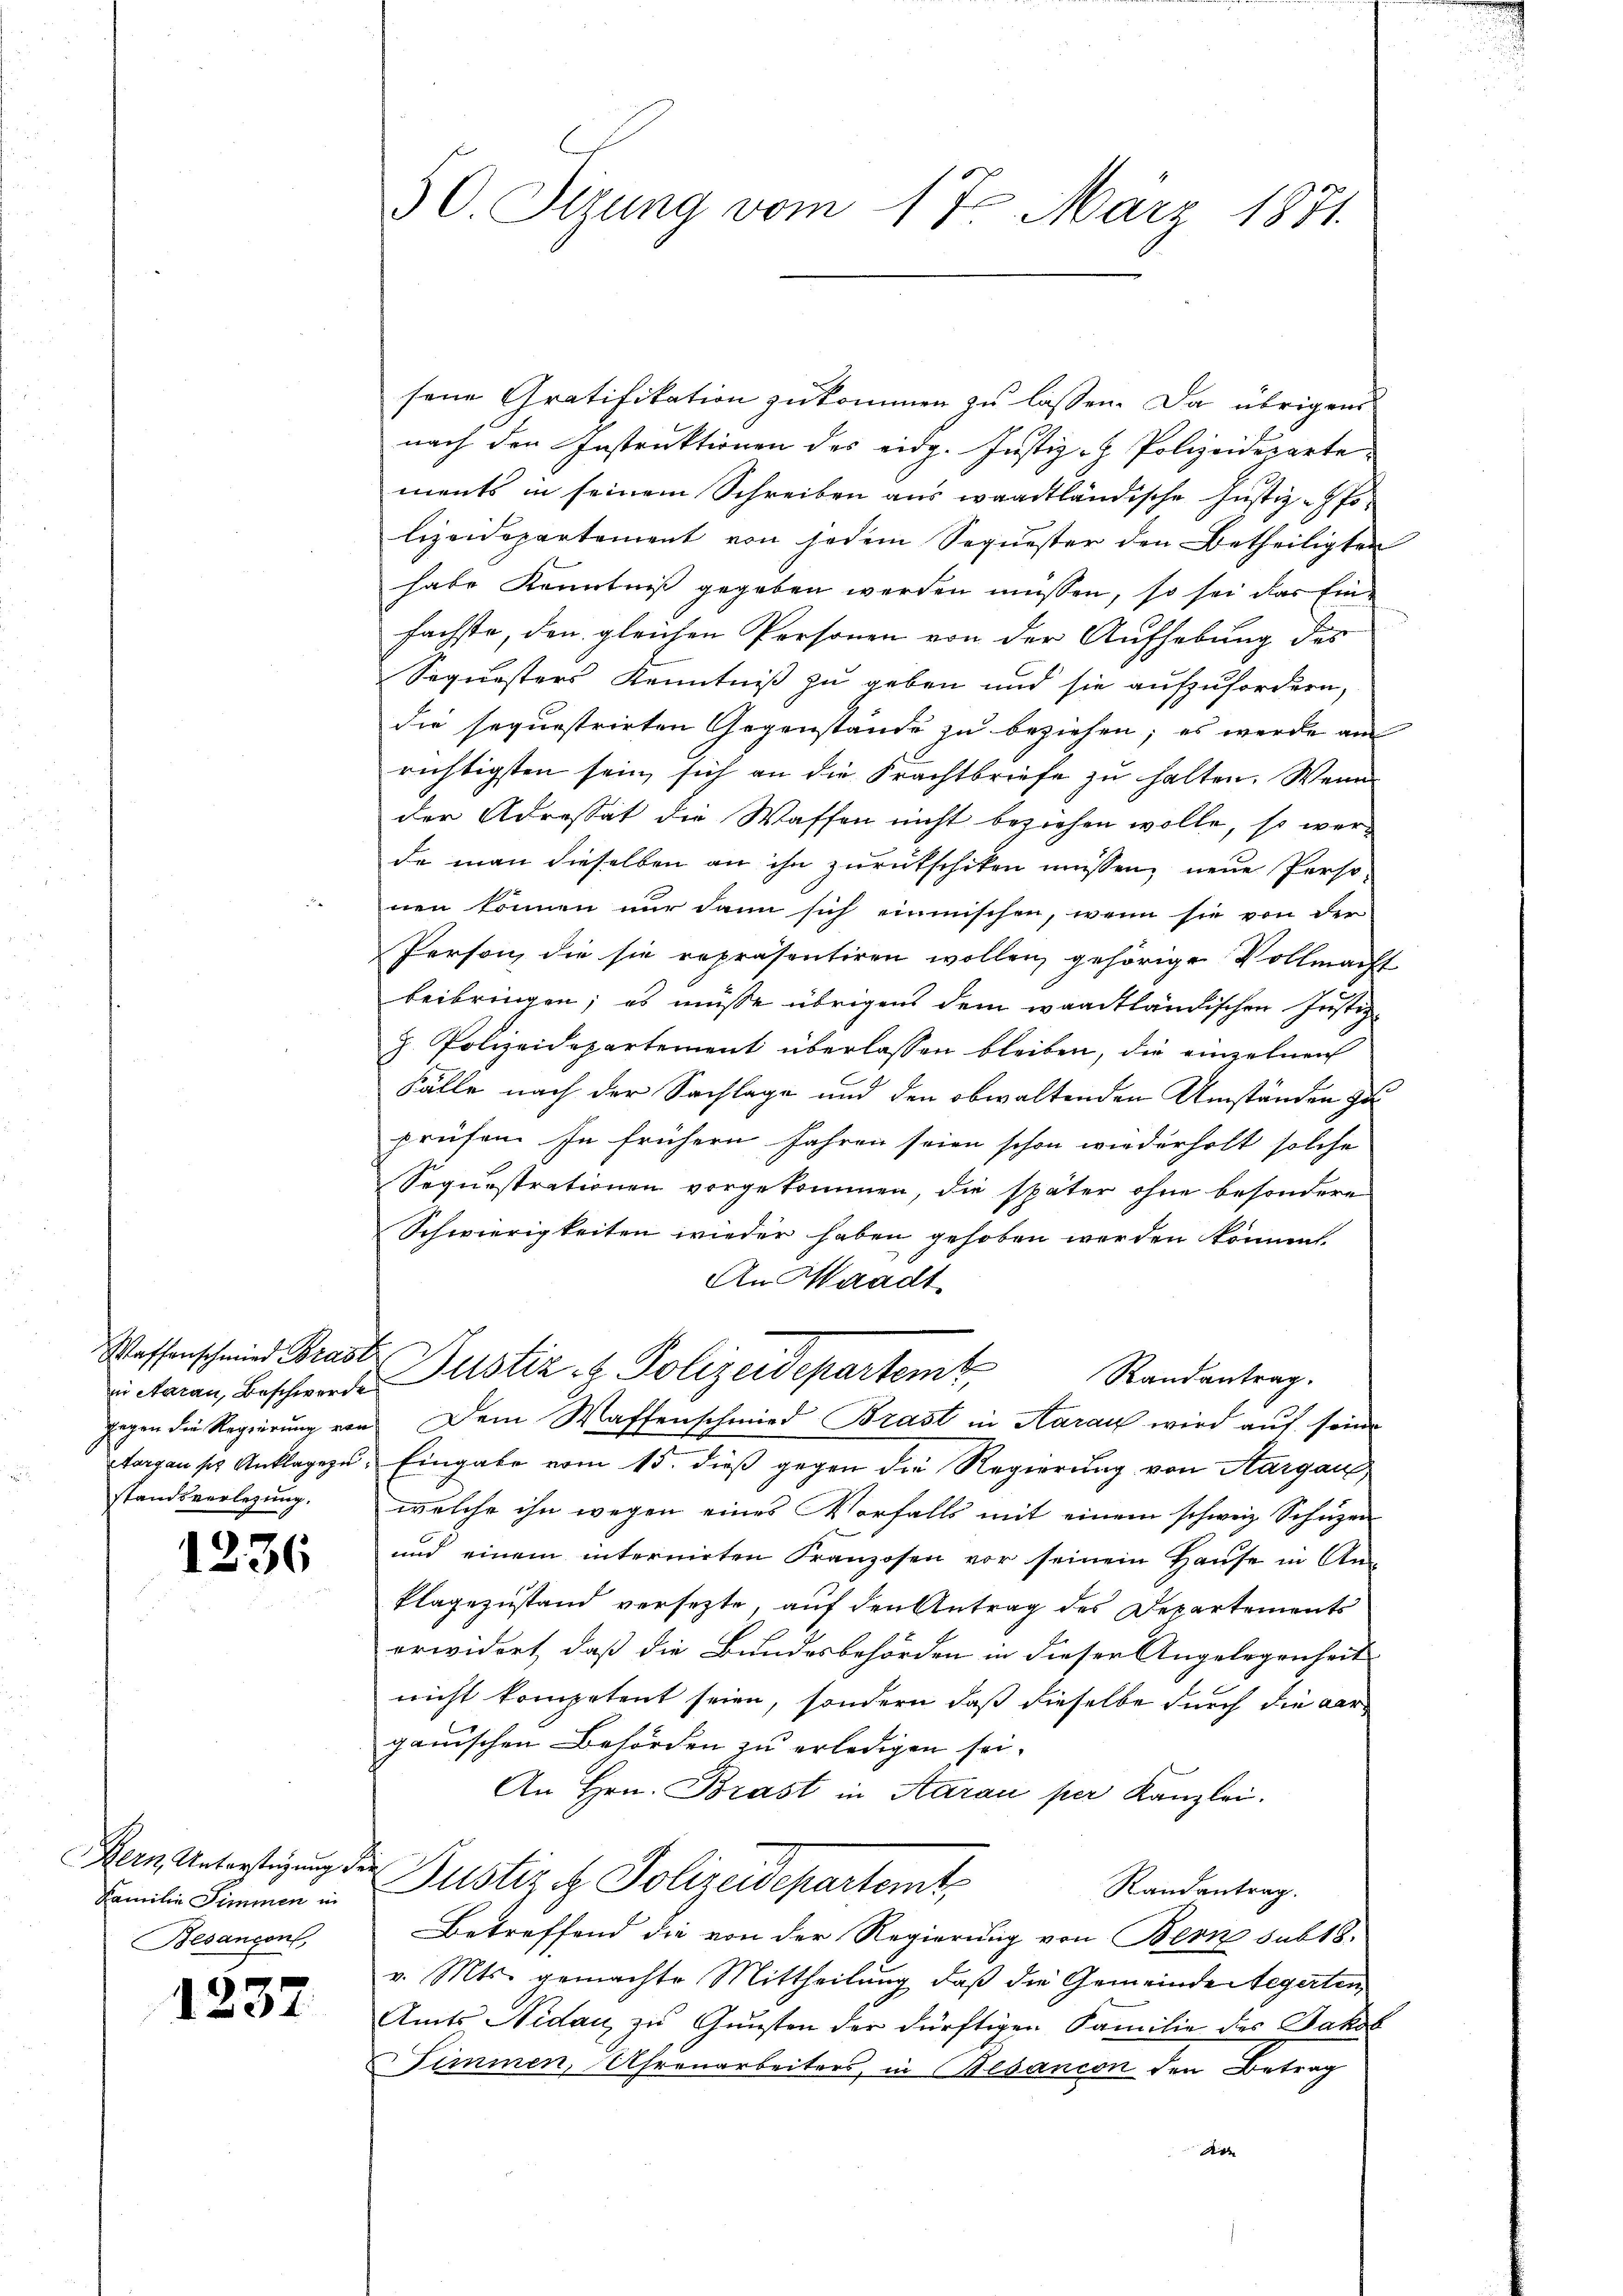
in Aarau, Beschwerde
standsverlegung.

1236

Familie Simmen in
Besançon,

1237

50. Sizung vom 17. März 1871.

sene Gratifikation zukommen zu lassen. Da übrigens
nach den Instruktionen des eidg. Justiz - Polizeideparte
ments in seinem Schreiben aus waadtländische Justiz-Pfolizeidepartement von jedem Sequester den Betheiligten
habe Kenntniß gegeben werden müssen, so sei das Ein-
fächste, den gleichen Personen von der Aufhebung des
Sequesters Kenntniß zu geben und sie aufzufordern,
die sequestrirten Gegenstände zu beziehen; es werde am
richtigsten sein, sich an die Frachtbriefe zu halten. Wenn
der Adressat die Waffen nicht beziehen wolle, so werde man dieselben an ihn zurückschiken müssen, neue Perso-
nen können nur dann sich einmischen, wenn sie von der
Person die sie repräsentiren wollen, gehörige Vollmacht
beibringen; es müsse übrigens dem waadtländischen Justiz
z. Polizeidepartement überlassen bleiben, die einzelnen
Fälle nach der Sachlage und den obwaltenden Umständen zu
prüfen se frühern Jahren seien schon wiederholt solche
Sequestrationen vorgekommen, die später ohne besondere
Schwierigkeiten wieder haben gehoben werden könnent.
An Waadt
Wassenschein Braut Zustiz- & Polizeidepartemt
Randantrag.
gegen die Regierung von Dem Waffenschmied Brast in Aarau wird auf seine
targau ses Anklagen. Eingabe vom 15. dieß gegen die Regierung von Aargau
welche ihn wegen eines Vorfalls mit einem schweiz. Schuzen
und einem internirten Franzosen vor seinem Hause in Anklagezustand versetzte, auf den Antrag des Departements
erwidert, daß die Bundesbehörden in dieser Angelegenheit
nicht kompetent seien, sondern daß dieselbe durch die verganischen Behörden zu erledigen sei.
An Hrn. Brast in Aarau per Kanzlei.
Bern Unterstigung der Justiz & Polizeidepartemt,
Randantrag.
Betreffend die von der Regierung von Bern sub 18.
v. Mts. gemachte Mittheilung, daß die Gemeinde Regerten
Amts Nidau zu Gunsten der dürftigen Familie des Jakob
Zimmen, Uhrenarbeiters, in Besanion den Betrag
de